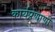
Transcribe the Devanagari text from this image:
कार्यप्रणाणी